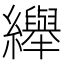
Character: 𦇙